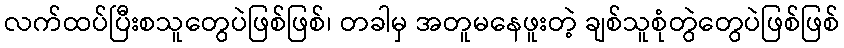
လက်ထပ်ပြီးစသူတွေပဲဖြစ်ဖြစ်၊ တခါမှ အတူမနေဖူးတဲ့ ချစ်သူစုံတွဲတွေပဲဖြစ်ဖြစ်